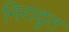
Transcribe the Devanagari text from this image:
निरादृत